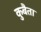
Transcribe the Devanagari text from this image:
कुबैता